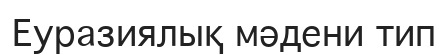
Еуразиялық мәдени тип